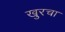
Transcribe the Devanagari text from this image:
खुरचा